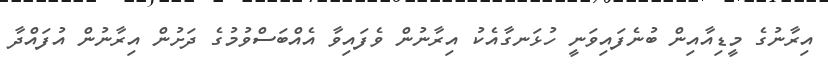
އިރާނުގެ މީޑިއާއިން ބުނެފައިވަނީ ހުޅަނގާއެކު އިރާނުން ވެފައިވާ އެއްބަސްވުމުގެ ދަށުން އިރާނުން އުފައްދާ